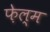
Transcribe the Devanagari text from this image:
फ़ेल्म